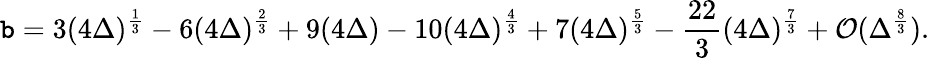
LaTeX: \mathtt{b}=3(4\Delta)^{\frac{{1}}{{3}}}-6(4\Delta)^{\frac{{2}}{{3}}}+9(4\Delta)-10(4\Delta)^{\frac{{4}}{{3}}}+7(4\Delta)^{\frac{{5}}{{3}}}-\frac{{22}}{{3}}(4\Delta)^{\frac{{7}}{{3}}}+{\cal{O}}(\Delta^{\frac{{8}}{{3}}}).